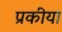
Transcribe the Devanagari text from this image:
प्रकीया